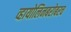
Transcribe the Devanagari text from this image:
व्हायोलिनबरोबरच